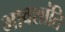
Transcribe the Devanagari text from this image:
भावशांति